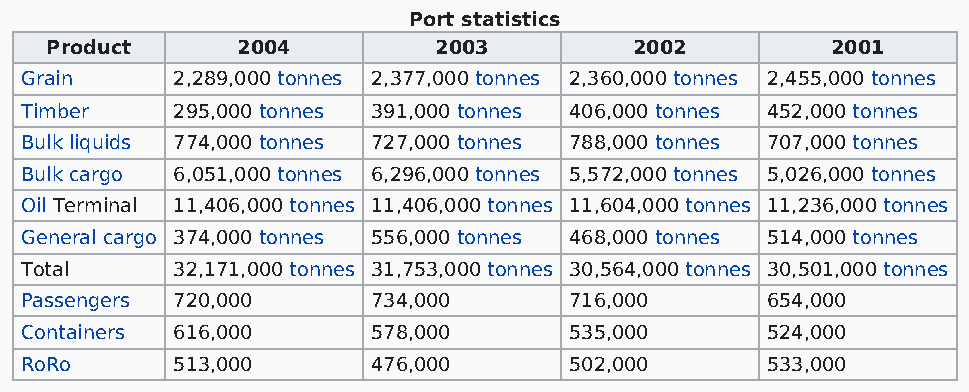
Port statistics
 Product      2004         2003         2002         2001
 Grain     2,289,000 tonnes 2,377,000 tonnes 2,360,000 tonnes 2,455,000 tonnes
 Timber    295,000 tonnes 391,000 tonnes 406,000 tonnes 452,000 tonnes
 Bulk liquids 774,000 tonnes 727,000 tonnes 788,000 tonnes 707,000 tonnes
 Bulk cargo 6,051,000 tonnes 6,296,000 tonnes 5,572,000 tonnes 5,026,000 tonnes
 Oil Terminal 11,406,000 tonnes 11,406,000 tonnes 11,604,000 tonnes 11,236,000 tonnes
 General cargo 374,000 tonnes 556,000 tonnes 468,000 tonnes 514,000 tonnes
 Total     32,171,000 tonnes 31,753,000 tonnes 30,564,000 tonnes 30,501,000 tonnes
 Passengers 720,000      734,000      716,000      654,000
 Containers 616,000      578,000      535,000      524,000
 RoRo      513,000       476,000      502,000      533,000